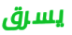
يسرق